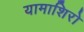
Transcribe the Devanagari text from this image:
यामाशिरो